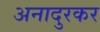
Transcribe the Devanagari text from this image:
अनादुरकर